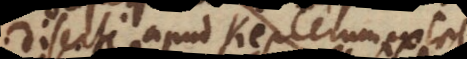
diserte apud Keplerum extet,